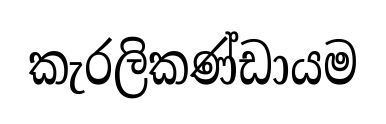
කැරලිකණ්ඩායම